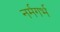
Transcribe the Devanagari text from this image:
नर्मगर्भ